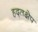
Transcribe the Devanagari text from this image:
हद्तक्षेप